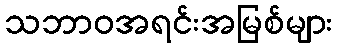
သဘာဝအရင်းအမြစ်များ